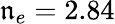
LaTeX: \mathfrak{n}_{e}=2.84